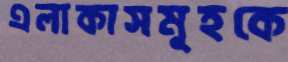
এলাকাসমূহকে